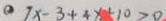
7 x - 3 + 4 x + 1 0 > 0